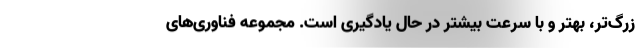
زرگ‌تر، بهتر و با سرعت بیشتر در حال یادگیری است. مجموعه فناوری‌های